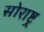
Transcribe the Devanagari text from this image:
सोराष्ट्र